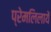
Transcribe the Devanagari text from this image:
प्रेमलिलायें